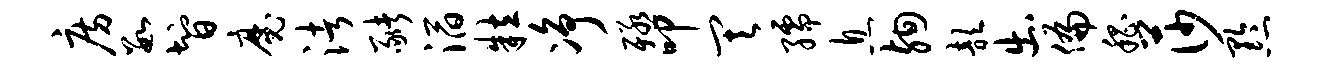
房数智魔渚猪滔粒净殛叩其孺息殉歆出偏嵇莎黔